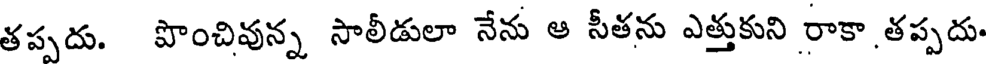
తప్పదు. పొంచివున్న సాలీడులా నేను ఆ సీతను ఎత్తుకుని రాకా తప్పదు